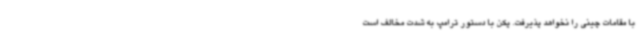
با مقامات چینی را نخواهد پذیرفت. پکن با دستور ترامپ به شدت مخالف است